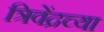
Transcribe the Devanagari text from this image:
त्रिवेंद्रच्या